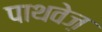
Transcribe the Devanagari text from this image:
पाथवेज़